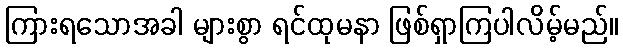
ကြားရသောအခါ များစွာ ရင်ထုမနာ ဖြစ်ရှာကြပါလိမ့်မည်။